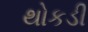
થોકડી